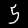
Label: 5